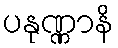
ပနုဏ္ဏာနိ